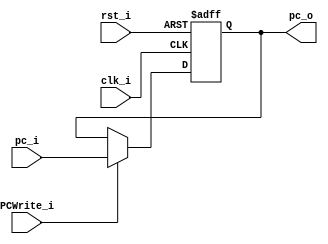
module PC
(
    rst_i,
    clk_i,
    PCWrite_i,
    pc_i,
    pc_o
);

// Ports
input               rst_i;
input               clk_i;
input               PCWrite_i;
input   [31:0]      pc_i;
output  [31:0]      pc_o;

// Wires & Registers
reg     [31:0]      pc_o;


always@(posedge clk_i or negedge rst_i) begin
    if(~rst_i) begin
        pc_o <= 32'b0;
    end
    else if (PCWrite_i) begin
        pc_o <= pc_i;
    end
end

endmodule